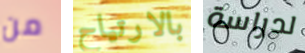
من بالارتياح لدراسة